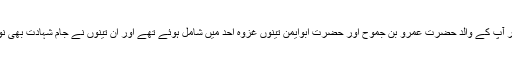
خَلَّادْ اور آپ کے والد حضرت عَمرِو بِن جَمُوح اور حضرت ابوایمن تینوں غزوۂ اُحُد میں شامل ہوئے تھے اور ان تینوں نے جام شہادت بھی نوش کیا۔